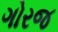
ગોરજ